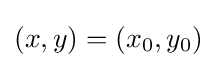
(x,y)=(x_{0},y_{0})